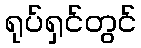
ရုပ်ရှင်တွင်